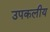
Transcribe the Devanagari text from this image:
उपकलीय